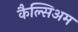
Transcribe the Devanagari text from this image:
कैल्सिअम